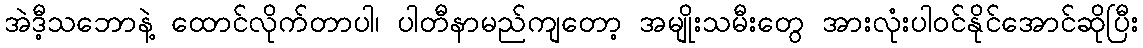
အဲဒီ့သဘောနဲ့ ထောင်လိုက်တာပါ၊ ပါတီနာမည်ကျတော့ အမျိုးသမီးတွေ အားလုံးပါဝင်နိုင်အောင်ဆိုပြီး